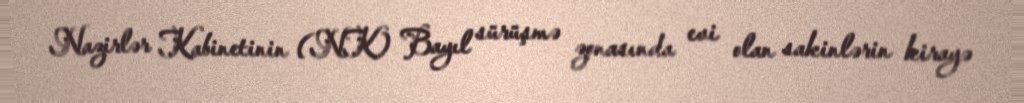
Nazirlər Kabinetinin (NK) Bayıl sürüşmə zonasında evi olan sakinlərin kirayə